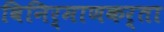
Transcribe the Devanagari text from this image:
विनिर्माणकर्ता